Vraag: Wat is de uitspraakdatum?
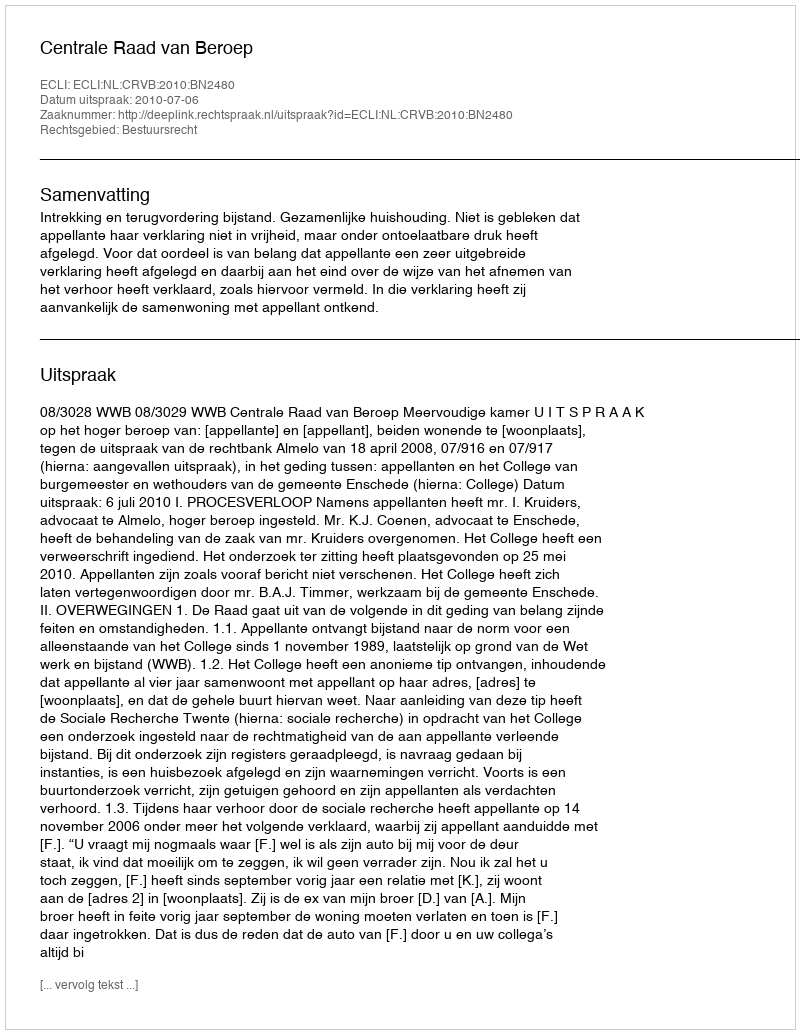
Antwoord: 2010-07-06